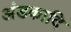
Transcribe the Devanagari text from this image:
अंडकादि